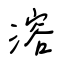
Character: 溶